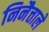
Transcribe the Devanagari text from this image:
निनैत्ताले